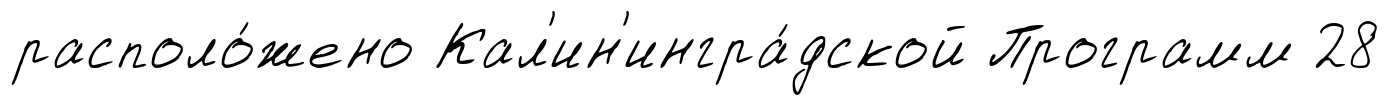
располо́жено Кал'ин'ингра́дской Программ 28